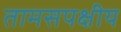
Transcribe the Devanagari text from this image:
तामसपक्षीय